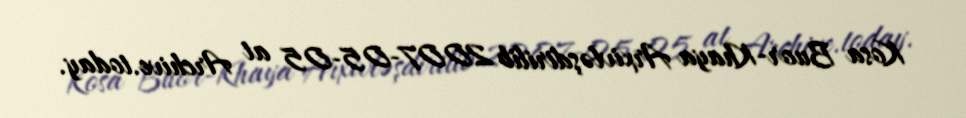
Kosa Buor-Khaya Arxivləşdirilib 2007-05-05 at Archive.today.